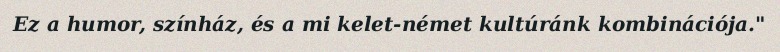
Ez a humor, színház, és a mi kelet-német kultúránk kombinációja."